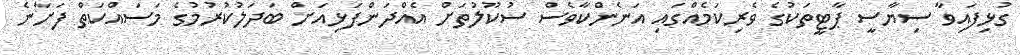
ގުޅިފައިވާ ސިޔާސީ ޕާޓީތަކުގެ ވެރިކަމެއްގައި އަނެންކާވެސް ސުކޫލުތަށް އެއްދަންފަޅިއަށް ބަދަލުކުރުމުގެ މަސައްކަތް ފަށާނެ